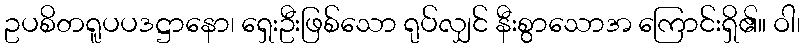
ဥပစိတရူပပဒဋ္ဌာနော၊ ရှေးဦးဖြစ်သော ရုပ်လျှင် နီးစွာသောအ ကြောင်းရှိ၏။ ဝါ၊